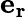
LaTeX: \mathbf{e_{r}}